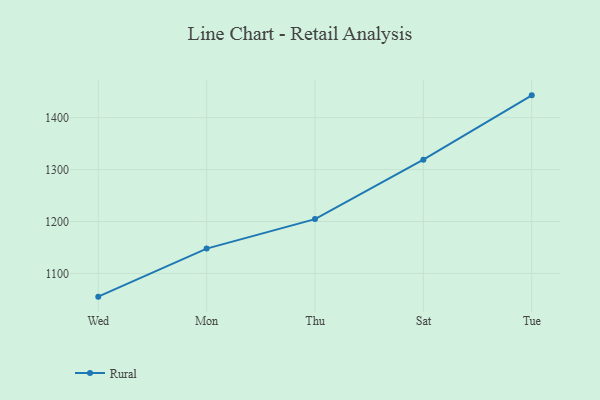
{"axis": {"x": "Day", "y": "LTV (USD)"}, "legend": ["Rural"], "data": [{"x": "Wed", "y": 1055.3, "type": "Rural"}, {"x": "Mon", "y": 1147.8, "type": "Rural"}, {"x": "Thu", "y": 1204.6, "type": "Rural"}, {"x": "Sat", "y": 1319.1, "type": "Rural"}, {"x": "Tue", "y": 1442.9, "type": "Rural"}]}